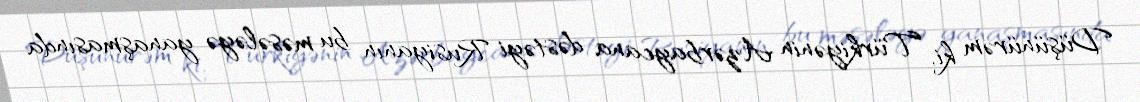
Düşünürəm ki, Türkiyənin Azərbaycana dəstəyi Rusiyanın bu məsələyə yanaşmasında